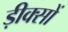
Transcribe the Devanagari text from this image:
ड़ीक्सों